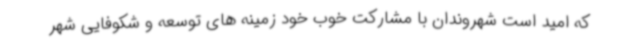
که امید است شهروندان با مشارکت خوب خود زمینه های توسعه و شکوفایی شهر